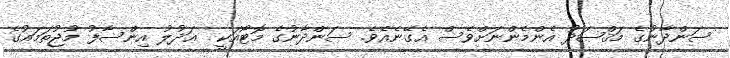
ސަންދާނުގެ މަޤްޞަދު އެންމެންނަށްވެސް އެގޭނެއެވެ. ސަންދާނުގެ މޮޓޯއަކީ  ޢަދުލު އިންސާފު މުޖުތަމައުގެ